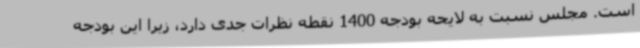
است. مجلس نسبت به لایحه بودجه 1400 نقطه نظرات جدی دارد، زیرا این بودجه